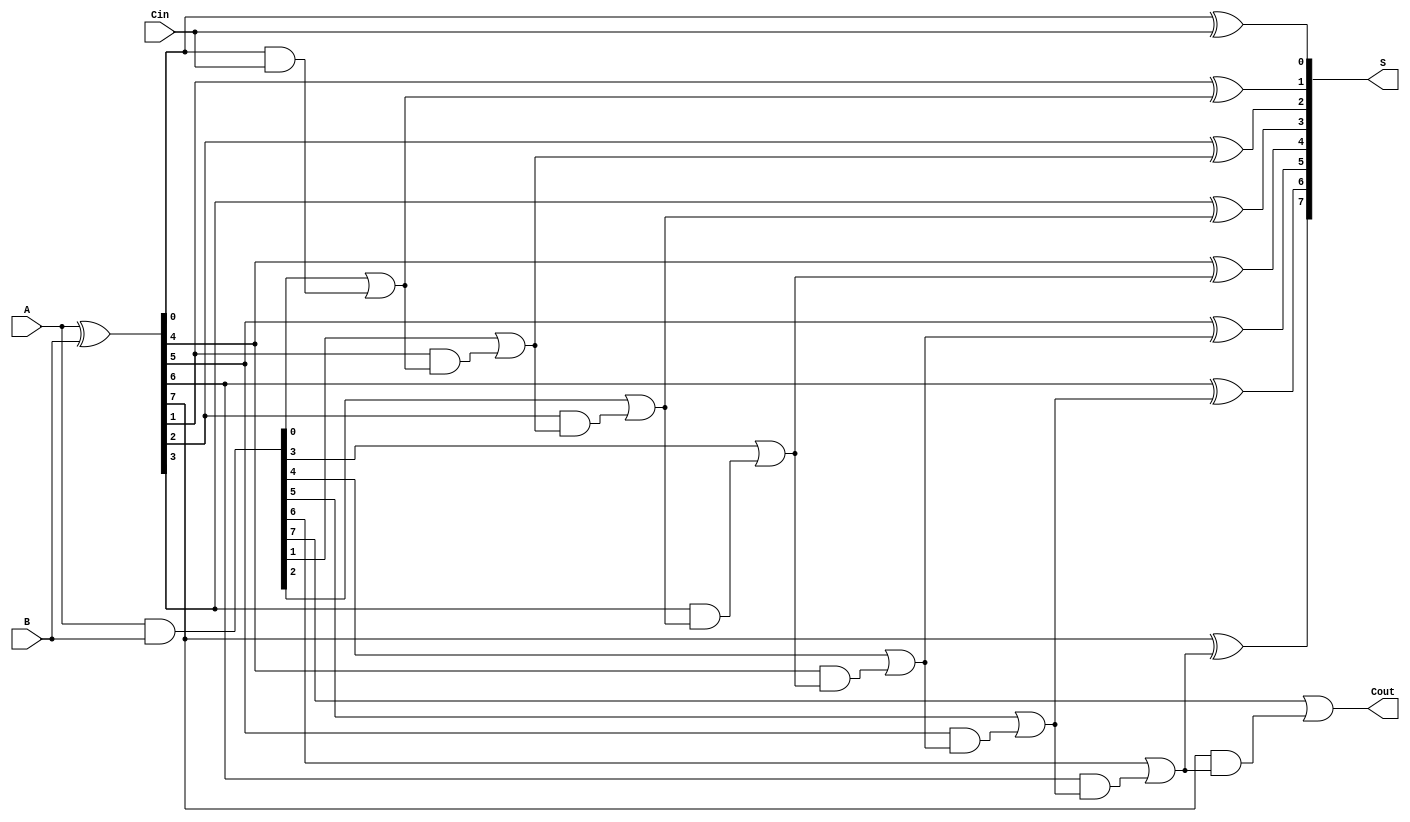
module brent_kung_adder #(
    parameter N = 8  // Define the bit width (can be adjusted as necessary)
) (
    input [N-1:0] A,   // First n-bit input
    input [N-1:0] B,   // Second n-bit input
    input Cin,         // Carry-in
    output [N-1:0] S,  // n-bit sum output
    output Cout        // Carry-out
);

    // Generate and propagate signals
    wire [N-1:0] G; // Generate
    wire [N-1:0] P; // Propagate
    wire [N:0] C;   // Carry signals, C[0] = Cin
    
    // Generate and Propagate calculations
    assign G = A & B;
    assign P = A ^ B;

    assign C[0] = Cin; // Initial carry in

    // Carry generation stage
    genvar i;
    // Level 1: compute carries based on input and first level of generation
    for (i = 0; i < N; i = i + 1) begin
        if (i == 0) begin
            assign C[i+1] = G[i] | (P[i] & C[i]);
        end else begin
            assign C[i+1] = G[i] | (P[i] & C[i]);
        end
    end

    // Sum computation stage
    for (i = 0; i < N; i = i + 1) begin
        assign S[i] = P[i] ^ C[i];
    end

    // Final carry-out
    assign Cout = C[N];

endmodule